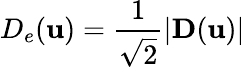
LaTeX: D_{e}(\mathbf u)=\frac{1}{\sqrt{2}}|\mathbf{D}(\mathbf{u})|